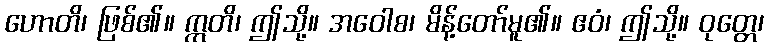
ဟောတိ၊ ဖြစ်၏။ ဣတိ၊ ဤသို့။ အဝေါစ၊ မိန့်တော်မူ၏။ ဧဝံ၊ ဤသို့။ ဝုတ္တေ၊